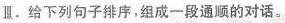
Ⅲ.给下列句子排序，组成一段通顺的对话。